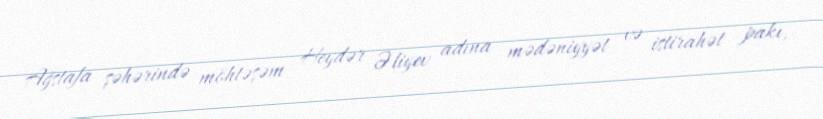
Ağstafa şəhərində möhtəşəm Heydər Əliyev adına mədəniyyət və istirahət pakı,